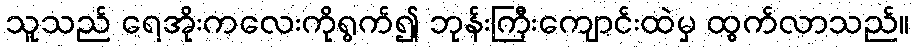
သူသည် ရေအိုးကလေးကိုရွက်၍ ဘုန်းကြီးကျောင်းထဲမှ ထွက်လာသည်။